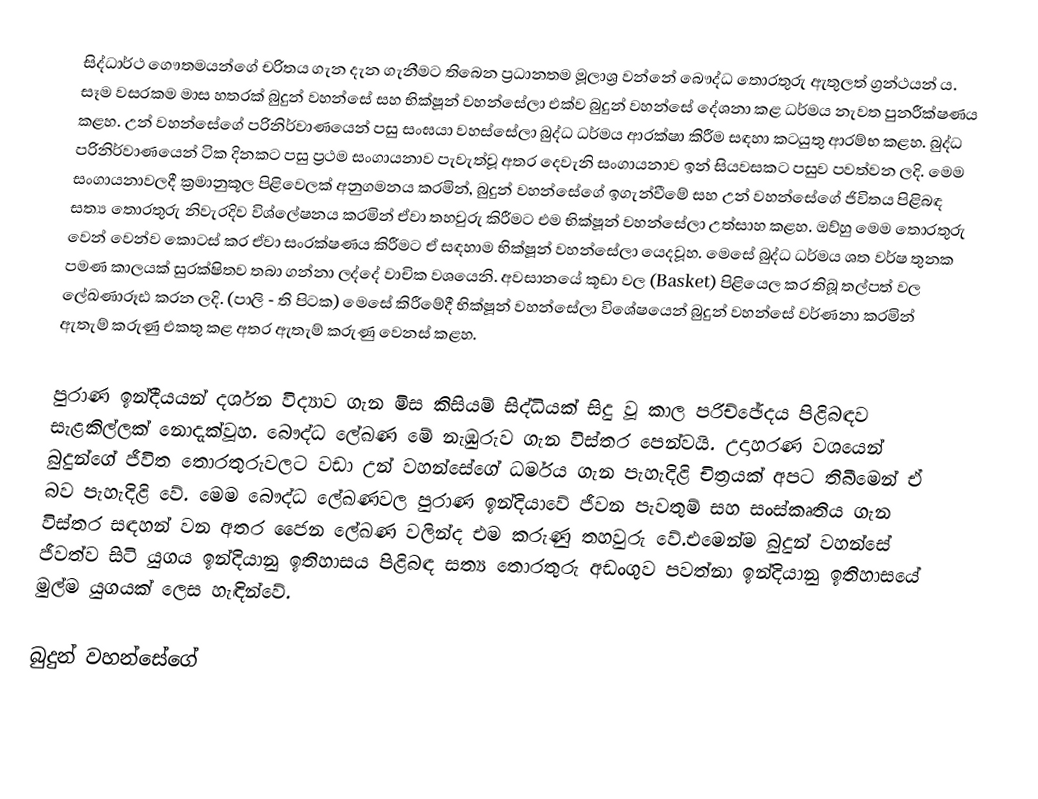
සිද්ධාර්ථ ගෞතමයන්ගේ චරිතය ගැන දැන ගැනීමට තිබෙන ප්‍රධානතම මූලාශ්‍ර වන්නේ බෞද්ධ තොරතුරු ඇතුලත් ග්‍රන්ථයන් ය. සෑම වසරකම මාස හතරක් බුදුන් වහන්සේ සහ භික්ෂූන් වහන්සේලා එක්ව බුදුන් වහන්සේ දේශනා කළ ධර්මය නැවත පුනරීක්ෂණය කළහ. උන් වහන්සේගේ පරිනිර්වාණයෙන් පසු සංඝයා වහස්සේලා බුද්ධ ධර්මය ආරක්ෂා කිරීම සඳහා කටයුතු ආරම්භ කළහ. බුද්ධ පරිනිර්වාණයෙන් ටික දිනකට පසු ප්‍රථම සංගායනාව පැවැත්වූ අතර දෙවැනි සංගායනාව ඉන් සියවසකට පසුව පවත්වන ලදි. මෙම සංගායනාවලදී ක්‍රමානුකූල පිළිවෙලක් අනුගමනය කරමින්, බුදුන් වහන්සේගේ ඉගැන්වීමේ සහ උන් වහන්සේගේ ජිවිතය පිළිබඳ සත්‍ය තොරතුරු නිවැරදිව විශ්ලේෂනය කරමින් ඒවා තහවුරු කි‍රීමට එම භික්ෂූන් වහන්සේලා උත්සාහ කළහ. ඔව්හු මෙම තොරතුරු වෙන් වෙන්ව කොටස් කර ඒවා සංරක්ෂණය කිරීමට ඒ සඳහාම භික්ෂූන් වහන්සේලා යෙදවූහ. මෙසේ බුද්ධ ධර්මය ශත වර්ෂ තුනක පමණ කාලයක් සුරක්ෂිතව තබා ගන්නා ලද්දේ වාචික වශයෙනි. අවසානයේ කූඩා වල (Basket)  පිළියෙල කර තිබූ තල්පත් වල ලේඛණාරූඪ කරන ලදි. (පාලි - ති පිටක) මෙසේ කිරීමේදී භික්ෂූන් වහන්සේලා විශේෂයෙන් බුදුන් වහන්සේ වර්ණනා කරමින් ඇතැම් කරුණු එකතු කළ අතර ඇතැම් කරුණු වෙනස් කළහ.

පුරාණ ඉන්දීයයන් දර්ශන විද්‍යාව ගැන මිස කිසියම් සිද්ධියක් සිදු වූ කාල පරිච්ඡේදය පිළිබඳව සැළකිල්ලක් නොදැක්වූහ. බෞද්ධ ලේඛණ මේ නැඹුරුව ගැන විස්තර පෙන්වයි. උදාහරණ වශයෙන් බුදුන්ගේ ජීවිත තොරතුරුවලට වඩා උන් වහන්සේගේ ධර්මය ගැන පැහැදිළි චිත්‍රයක් අපට තිබීමෙන් ඒ බව පැහැදිළි වේ. මෙම බෞද්ධ ලේඛණවල පුරාණ ඉන්දියාවේ ජීවන පැවතුම් සහ සංස්කෘතිය ගැන විස්තර සඳහන් වන අතර ජෛන ලේඛණ වලින්ද එම කරුණු තහවුරු වේ.එමෙන්ම බුදුන් වහන්සේ ජීවත්ව සිටි යුගය ඉන්දියානු ඉතිහාසය පිළිබඳ සත්‍ය තොරතුරු අඩංගුව පවත්නා ඉන්දියානු ඉතිහාසයේ මුල්ම යුගයක් ලෙස හැඳින්වේ.

බුදුන් වහන්සේගේ